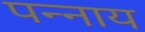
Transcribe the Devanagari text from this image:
पन्नाय